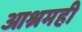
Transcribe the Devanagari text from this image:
आश्रमही